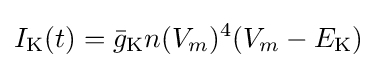
I_{\mathrm {K} }(t)={\bar {g}}_{\mathrm {K} }n(V_{m})^{4}(V_{m}-E_{\mathrm {K} })